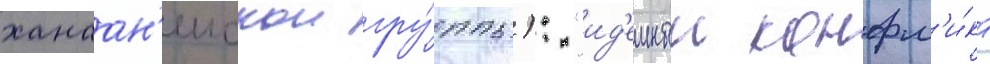
ханаан'еискои гру́ппы): "ид'еиныи конфл'и́кт